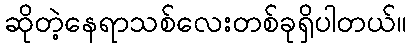
ဆိုတဲ့နေရာသစ်လေးတစ်ခုရှိပါတယ်။